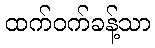
ထက်ဝက်ခန့်သာ